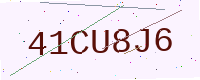
Text: 41CU8J6